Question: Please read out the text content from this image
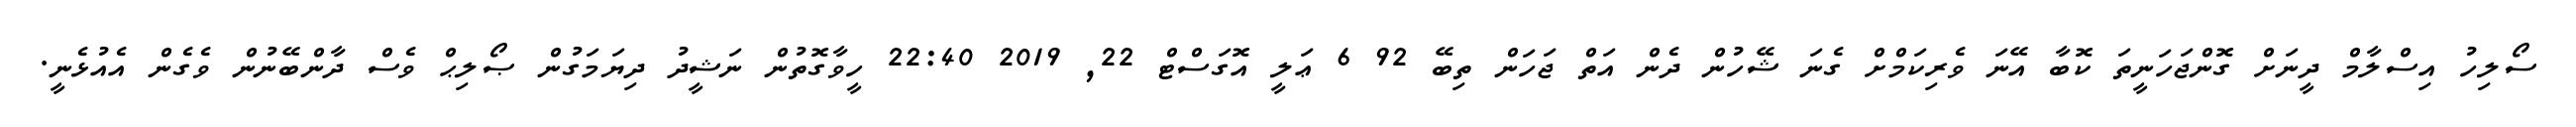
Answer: ސޯލިހު އިސްލާމް ދީނަށް ގޮންޖަހަނީތަ ކޮބާ އޭނަ ވެރިކަމްށް ގެނަ ޝޭހުން ދެން އަތް ޖަހަން ތިބޭ 92 6 ޢަލީ އޮގަސްޓް 22, 2019 22:40 ހީވާގޮތުން ނަޝީދު ދިޔަމަގުން ޞޯލިޙް ވެސް ދާންބޭނުން ވެގެން އެއުޅެނީ.